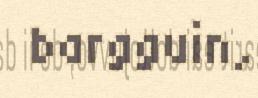
bargguin,